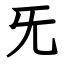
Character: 旡